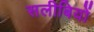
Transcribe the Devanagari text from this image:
सलीबियों